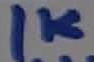
Text: 1K